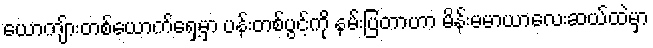
ယောကျ်ားတစ်ယောက်ရှေ့မှာ ပန်းတစ်ပွင့်ကို နမ်းပြတာဟာ မိန်းမမာယာလေးဆယ်ထဲမှာ